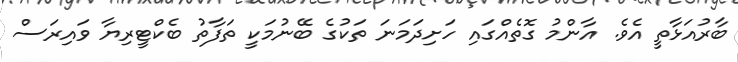
ބާރުއަޅާތީ އެވެ. އާންމު ގޮތެއްގައި ހަށިދަމަނަ ތަކުގެ ބޭނުމަކީ ތަފާތު ބެކްޓީރިޔާ ވައިރަސް